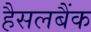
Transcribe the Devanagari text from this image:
हैसलबैंक